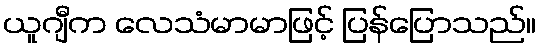
ယူဂျီက လေသံမာမာဖြင့် ပြန်ပြောသည်။